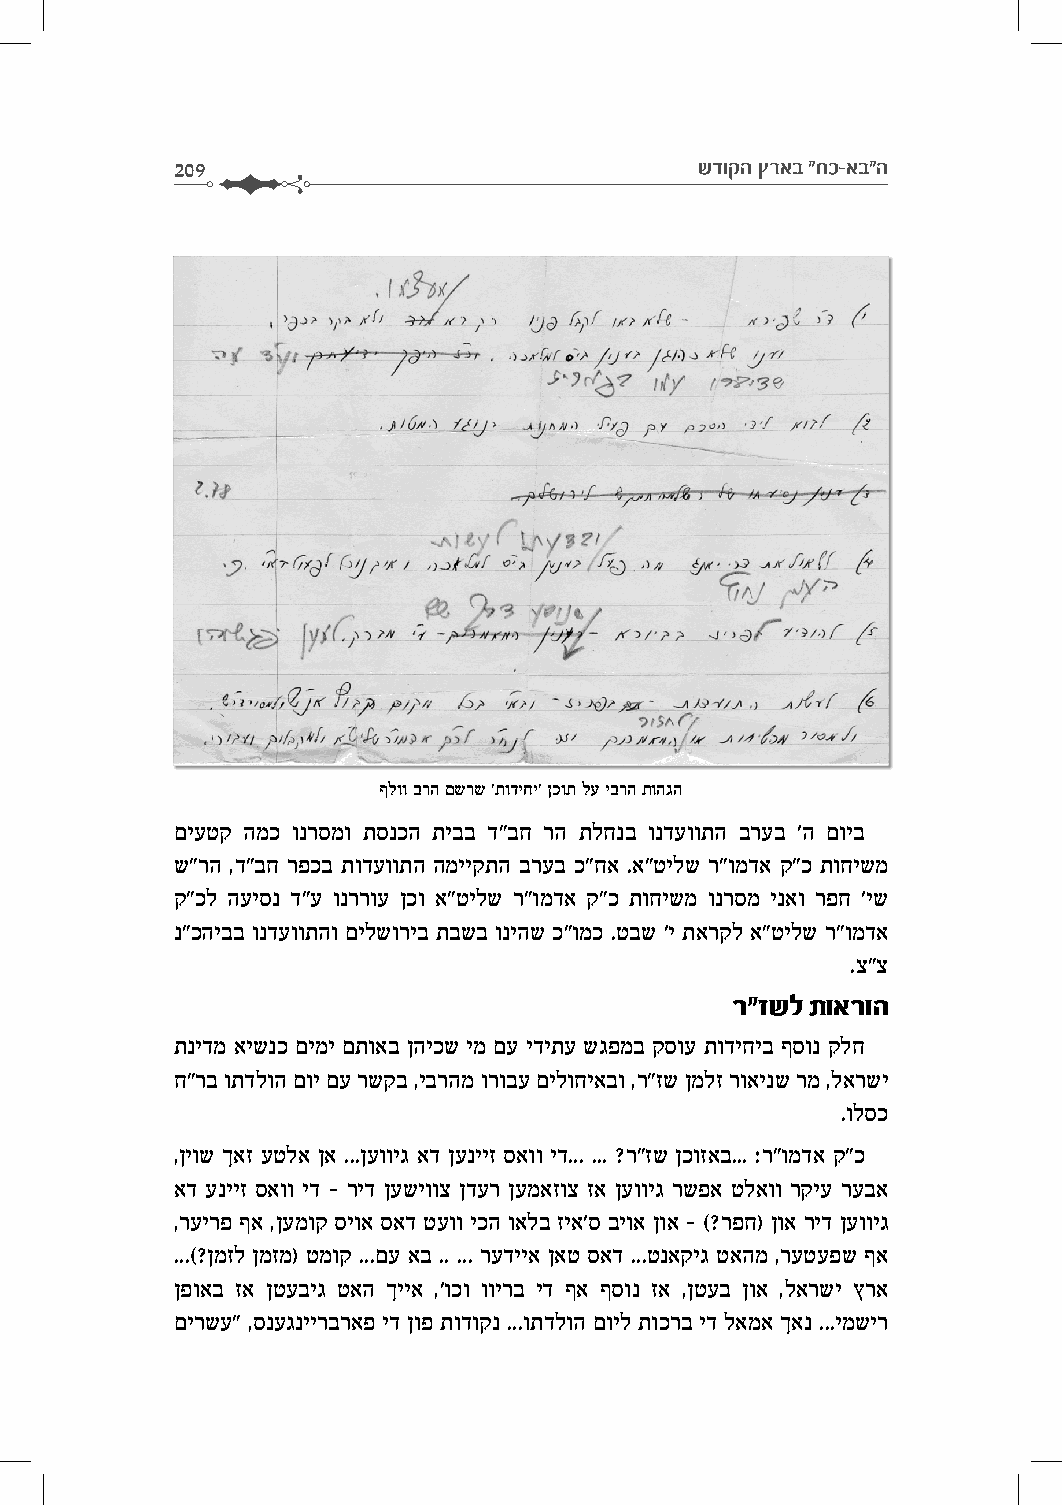
209                                שדוקה ץראב "חכ-אב"ה
 ףלוו ברה םשרש 'תודיחי' ןכות לע יברה תוהגה
 םיעטק המכ ונרסמו תסנכה תיבב ד"בח רה תלחנב ונדעוותה ברעב 'ה םויב
 ש"רה ,ד"בח רפכב תודעוותה המייקתה ברעב כ"חא .א"טילש ר"ומדא ק"כ תוחישמ
 ק"כל העיסנ ד"ע ונררוע ןכו א"טילש ר"ומדא ק"כ תוחישמ ונרסמ ינאו רפח 'יש
 נ"כהיבב ונדעוותהו םילשוריב תבשב וניהש כ"ומכ .טבש 'י תארקל א"טילש ר"ומדא
 .צ"צ
 ר"זשל תוארוה
 תנידמ אישנכ םימי םתואב ןהיכש ימ םע ידיתע שגפמב קסוע תודיחיב ףסונ קלח
 ח"רב ותדלוה םוי םע רשקב ,יברהמ ורובע םילוחיאבו ,ר"זש ןמלז רואינש רמ ,לארשי
 .ולסכ
 ,ןיוש ךאז עטלא ןא ...ןעוויג אד ןענייז סאוו יד... ... ?ר"זש ןכוזאב... :ר"ומדא ק"כ
 אד ענייז סאוו יד – ריד ןעשיווצ ןדער ןעמאזוצ זא ןעוויג רשפא טלאוו רקיע רעבא
 ,רעירפ ףא ,ןעמוק סיוא סאד טעוו יכה ואלב זיא'ס ביוא ןוא – (?רפח) ןוא ריד ןעוויג
 ...(?ןמזל ןמזמ) טמוק ...םע אב .. ... רעדייא ןאט סאד ...טנאקיג טאהמ ,רעטעפש ףא
 ןפואב זא ןטעביג טאה ךייא ,'וכו ווירב יד ףא ףסונ זא ,ןטעב ןוא ,לארשי ץרא
 םירשע" ,סנעגניירבראפ יד ןופ תודוקנ ...ותדלוה םויל תוכרב יד לאמא ךאנ ...ימשיר